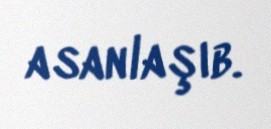
asanlaşıb.